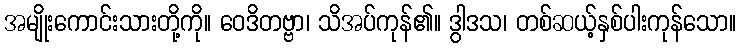
အမျိုးကောင်းသားတို့ကို။ ဝေဒိတဗ္ဗာ၊ သိအပ်ကုန်၏။ ဒွါဒသ၊ တစ်ဆယ့်နှစ်ပါးကုန်သော။